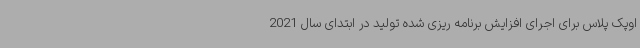
اوپک پلاس برای اجرای افزایش برنامه ریزی شده تولید در ابتدای سال 2021